Annual report of the Imperial Bacteriological Laboratory, Muktesar
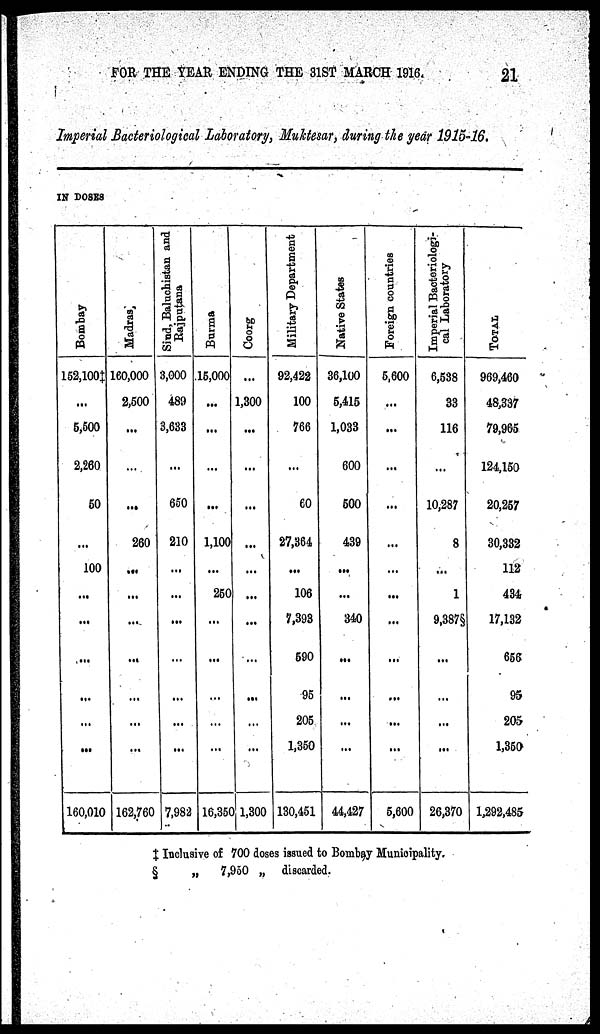
FOR THE YEAR ENDING THE 31ST MARCH 1916.
21
Imperial Bacteriological Laboratory, Muktesar, during the year 1915-16.
IN DOSES
Bombay
152,100‡
...
5,500
2,260
50
...
100
...
...
...
...
...
...
160,010
Madras
160,000
2,500
...
...
...
260
...
...
...
...
...
...
...
162,760
Sind,
Baluchistan and
Rajputana
3,000
489
3,633
...
650
210
...
...
...
...
...
...
...
7,982
Burma
15,000
...
...
...
...
1,100
...
250
...
...
...
...
...
16,350
Coorg
...
1,300
...
...
...
...
...
...
...
...
...
...
1,300
Military Department
92,422
100
766
...
60
27,364
...
106
7,393
590
95
205
1,350
130,451
Native States
36,100
5,415
1,033
600
500
439
...
...
340
...
...
...
...
44,427
Foreign countries
5,600
...
...
...
...
...
...
...
...
...
...
...
...
5,600
Imperial Bacteriologi-
cal Laboratory
6,538
33
116
...
10,287
8
...
1
9,387§
...
...
...
...
26,370
TOTAL
969,460
48,337
79,965
124,150
20,257
30,332
112
434
17,132
656
95
205
1,350
1,292,485
‡ Inclusive of 700 doses issued to Bombay Municipality.
§
„
7,950 „ discarded.